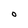
Character: O